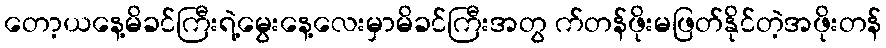
တော့ယနေ့မိခင်ကြီးရဲ့မွေးနေ့လေးမှာမိခင်ကြီးအတွ က်တန်ဖိုးမဖြတ်နိုင်တဲ့အဖိုးတန်